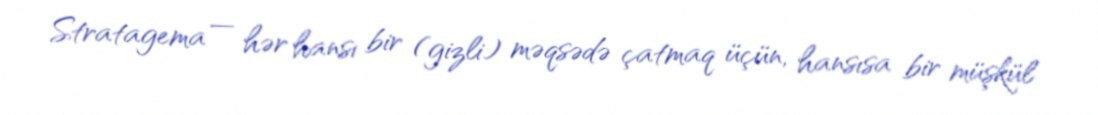
Stratagema — hər hansı bir (gizli) məqsədə çatmaq üçün, hansısa bir müşkül